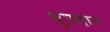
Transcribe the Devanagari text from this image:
धूपदान